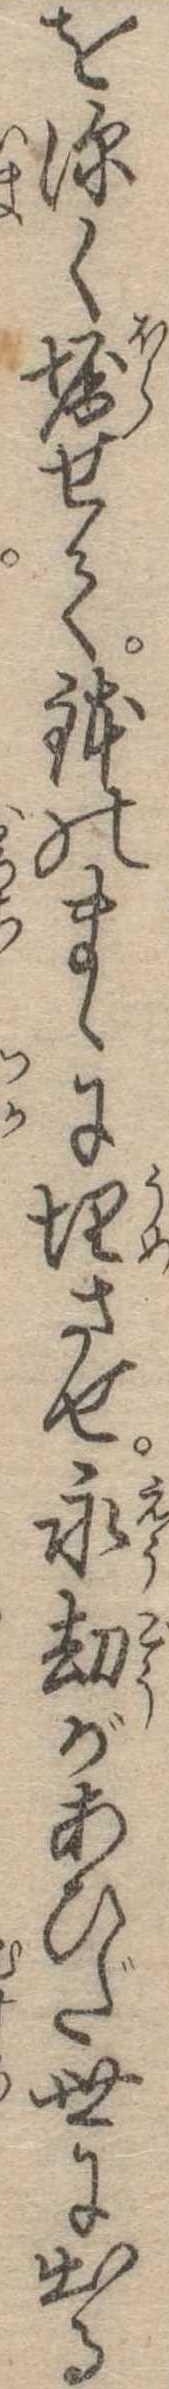
を深く堀せて鉢のまゝに埋させ永劫があひだ世に出る